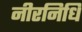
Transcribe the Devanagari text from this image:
नीरनिधि